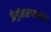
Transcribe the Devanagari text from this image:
फ्रेड्रीकसंनमुतोराच्या